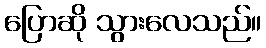
ပြောဆို သွားလေသည်။